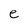
Character: e